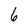
Character: 6